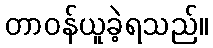
တာဝန်ယူခဲ့ရသည်။